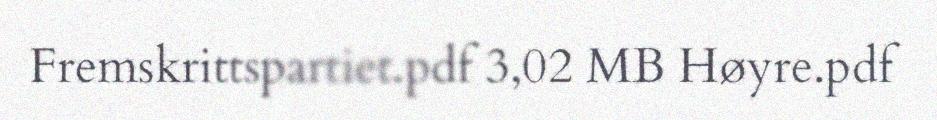
Fremskrittspartiet.pdf 3,02 MB Høyre.pdf